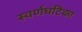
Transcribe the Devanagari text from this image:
स्वर्णघंटिका